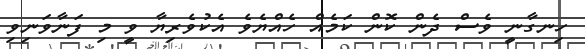
ހިނގާނީ ވެސް ދެން ކޮން ކަމެއް ހެއްޔެވެ އެކުވެރިޔާ ވީ މި ފަނާވަނިވި